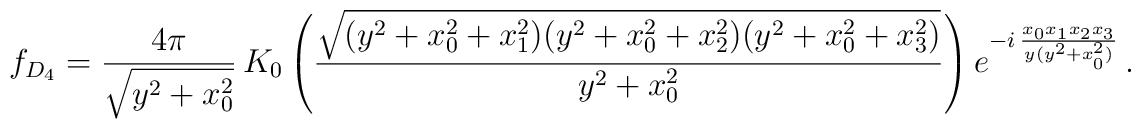
f_{D_4}=\frac{4\pi}{\sqrt{y^2+x_0^2}}\, K_0 \left( \frac{\sqrt{(y^2+x_0^2+x_1^2)(y^2+x_0^2+x_2^2)(y^2+x_0^2+x_3^2)}}{y^2+x_0^2} \right)e^{ - i\, \frac{x_0 x_1 x_2 x_3}{y (y^2 + x_0^2)}}\, .